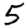
Digit: 5